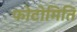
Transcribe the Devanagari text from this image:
फोटोमिति